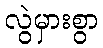
လွဲမှားစွာ